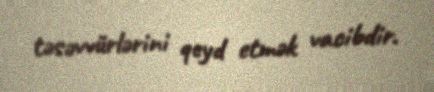
təsəvvürlərini qeyd etmək vacibdir.